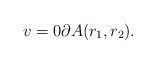
\begin{align*} v = 0 \partial A(r_{1},r_{2}). \end{align*}